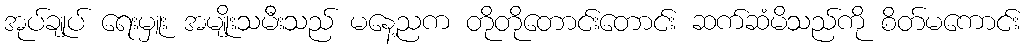
အုပ်ချုပ် ရေးမှူး အမျိုးသမီးသည် မနေ့ညက တိုတိုတောင်းတောင်း ဆက်ဆံမိသည်ကို စိတ်မကောင်း